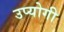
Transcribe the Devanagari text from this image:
उप्योगी